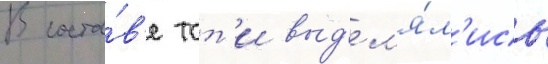
В соста́в'е тот'и выд'ел'я́л'ись